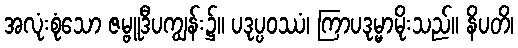
အလုံးစုံသော ဇမ္ဗူဒီပကျွန်း၌။ ပဒုပ္ပဝဿံ၊ ကြာပဒုမ္မာမိုးသည်။ နိပတိ၊